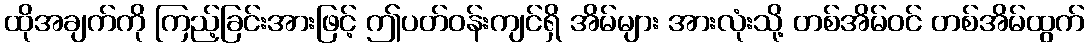
ထိုအချက်ကို ကြည့်ခြင်းအားဖြင့် ဤပတ်ဝန်းကျင်ရှိ အိမ်များ အားလုံးသို့ တစ်အိမ်ဝင် တစ်အိမ်ထွက်